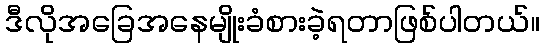
ဒီလိုအခြေအနေမျိုးခံစားခဲ့ရတာဖြစ်ပါတယ်။